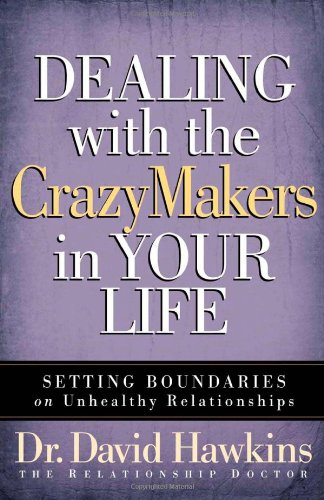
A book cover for Dealing with the CrazyMakers in Your Life: Setting Boundaries on Unhealthy Relationships; David Hawkins; Christian Books & Bibles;